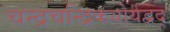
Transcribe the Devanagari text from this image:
चन्द्रचन्द्रिकयोर्यद्वद्